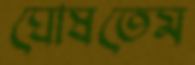
ঘোষতেম